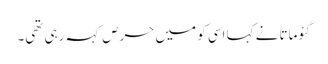
گئوماتا نے کہا اسی کو میں حرص کہہ رہی تھی۔